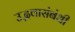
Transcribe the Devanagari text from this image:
उद्भवासंबंधी